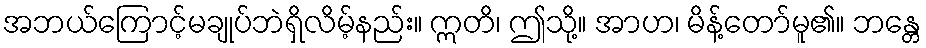
အဘယ်ကြောင့်မချုပ်ဘဲရှိလိမ့်နည်း။ ဣတိ၊ ဤသို့။ အာဟ၊ မိန့်တော်မူ၏။ ဘန္တေ